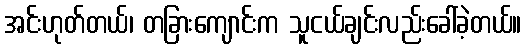
အင်းဟုတ်တယ်၊ တခြားကျောင်းက သူငယ်ချင်းလည်းခေါ်ခဲ့တယ်။